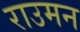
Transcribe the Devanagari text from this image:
राउमन